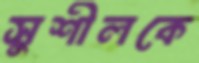
সুশীলকে